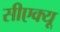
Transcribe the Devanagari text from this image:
सीएक्यू